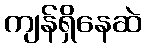
ကျန်ရှိနေဆဲ